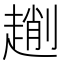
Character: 𠠄